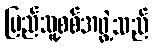
ပြည်သူ့စစ်အဖွဲ့သည်